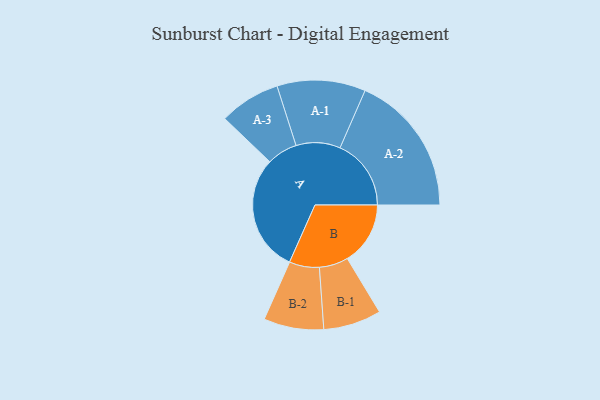
{"axis": {"x": "Segment", "y": "Value"}, "legend": ["", "A", "B"], "data": [{"x": "A", "y": 438, "type": ""}, {"x": "B", "y": 235, "type": ""}, {"x": "A-1", "y": 165, "type": "A"}, {"x": "A-2", "y": 265, "type": "A"}, {"x": "A-3", "y": 114, "type": "A"}, {"x": "B-1", "y": 108, "type": "B"}, {"x": "B-2", "y": 112, "type": "B"}]}